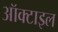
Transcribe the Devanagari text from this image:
ऑक्टाइल